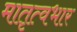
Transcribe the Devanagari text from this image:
मातृत्वभार